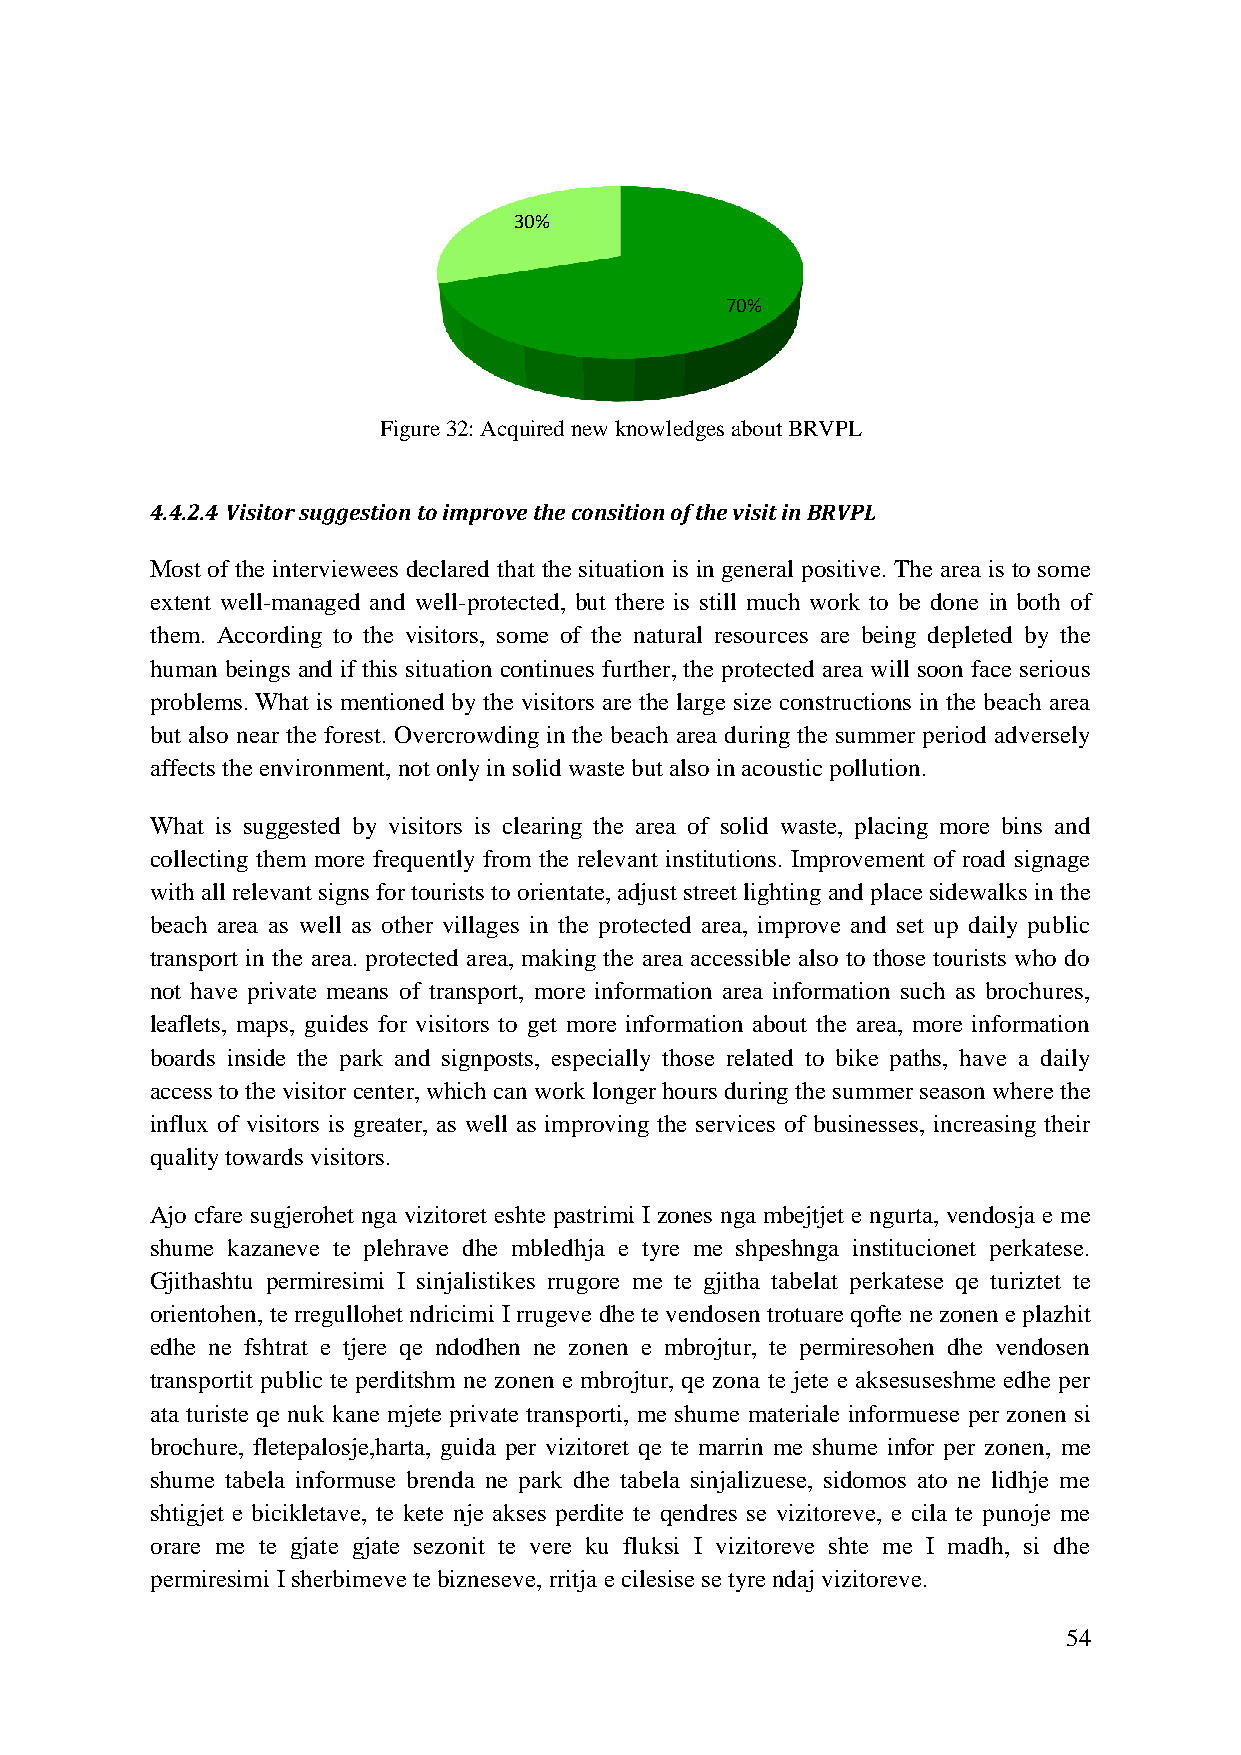
30%
 70%
 Figure 32: Acquired new knowledges about BRVPL
 4.4.2.4 Visitor suggestion to improve the consition of the visit in BRVPL
 Most of the interviewees declared that the situation is in general positive. The area is to some
 extent well-managed and well-protected, but there is still much work to be done in both of
 them. According to the visitors, some of the natural resources are being depleted by the
 human beings and if this situation continues further, the protected area will soon face serious
 problems. What is mentioned by the visitors are the large size constructions in the beach area
 but also near the forest. Overcrowding in the beach area during the summer period adversely
 affects the environment, not only in solid waste but also in acoustic pollution.
 What is suggested by visitors is clearing the area of solid waste, placing more bins and
 collecting them more frequently from the relevant institutions. Improvement of road signage
 with all relevant signs for tourists to orientate, adjust street lighting and place sidewalks in the
 beach area as well as other villages in the protected area, improve and set up daily public
 transport in the area. protected area, making the area accessible also to those tourists who do
 not have private means of transport, more information area information such as brochures,
 leaflets, maps, guides for visitors to get more information about the area, more information
 boards inside the park and signposts, especially those related to bike paths, have a daily
 access to the visitor center, which can work longer hours during the summer season where the
 influx of visitors is greater, as well as improving the services of businesses, increasing their
 quality towards visitors.
 Ajo cfare sugjerohet nga vizitoret eshte pastrimi I zones nga mbejtjet e ngurta, vendosja e me
 shume kazaneve te plehrave dhe mbledhja e tyre me shpeshnga institucionet perkatese.
 Gjithashtu permiresimi I sinjalistikes rrugore me te gjitha tabelat perkatese qe turiztet te
 orientohen, te rregullohet ndricimi I rrugeve dhe te vendosen trotuare qofte ne zonen e plazhit
 edhe ne fshtrat e tjere qe ndodhen ne zonen e mbrojtur, te permiresohen dhe vendosen
 transportit public te perditshm ne zonen e mbrojtur, qe zona te jete e aksesuseshme edhe per
 ata turiste qe nuk kane mjete private transporti, me shume materiale informuese per zonen si
 brochure, fletepalosje,harta, guida per vizitoret qe te marrin me shume infor per zonen, me
 shume tabela informuse brenda ne park dhe tabela sinjalizuese, sidomos ato ne lidhje me
 shtigjet e bicikletave, te kete nje akses perdite te qendres se vizitoreve, e cila te punoje me
 orare me te gjate gjate sezonit te vere ku fluksi I vizitoreve shte me I madh, si dhe
 permiresimi I sherbimeve te bizneseve, rritja e cilesise se tyre ndaj vizitoreve.
 54